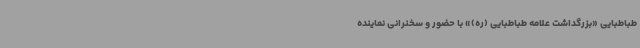
طباطبایی «بزرگداشت علامه طباطبایی (ره)» با حضور و سخنرانی نماینده